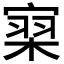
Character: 𰍗